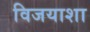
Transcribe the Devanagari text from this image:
विजयाशा